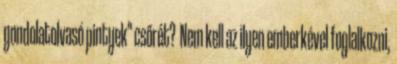
gondolatolvasó pintyek" csőrét? Nem kell az ilyen emberkével foglalkozni,